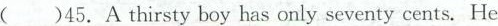
( )45.A thirsty boy has only seventy cents.He